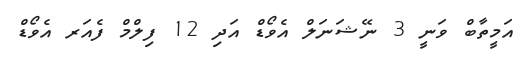
އަމީތާބް ވަނީ 3 ނޭޝަނަލް އެވޯޑް އަދި 12 ފިލްމް ފެއަރ އެވޯޑް